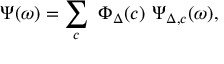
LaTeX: \Psi ( \omega ) = \sum _ { c } \ \Phi _ { \Delta } ( c ) \ \Psi _ { \Delta , c } ( \omega ) ,